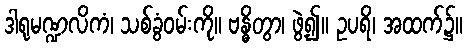
ဒါရုမဏ္ဍလိကံ၊ သစ်ခွံဝမ်းကို။ ဗန္ဓိတွာ၊ ဖွဲ့၍။ ဥပရိ၊ အထက်၌။